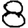
Digit: 8